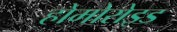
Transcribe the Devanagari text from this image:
होमोरोइड